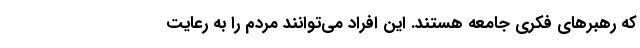
که رهبرهای فکری جامعه هستند. این افراد می‌توانند مردم را به رعایت